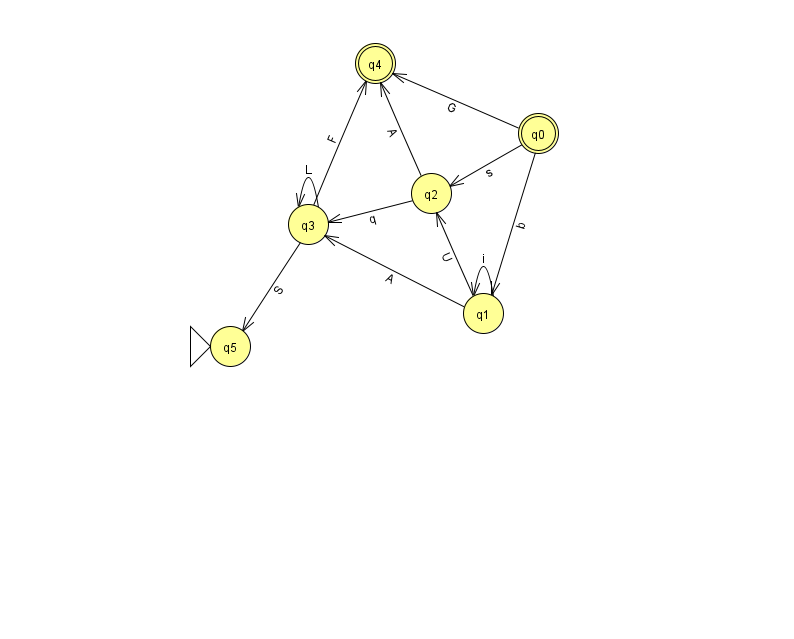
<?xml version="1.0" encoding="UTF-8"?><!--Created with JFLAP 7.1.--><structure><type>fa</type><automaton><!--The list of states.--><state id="0" name="q0"><x>538.0</x><y>120.0</y><final/></state><state id="1" name="q1"><x>483.0</x><y>300.0</y></state><state id="2" name="q2"><x>431.0</x><y>180.0</y></state><state id="3" name="q3"><x>308.0</x><y>211.0</y></state><state id="4" name="q4"><x>375.0</x><y>50.0</y><final/></state><state id="5" name="q5"><x>230.0</x><y>333.0</y><initial/></state><!--The list of transitions.--><transition><from>3</from><to>4</to><read>F</read></transition><transition><from>0</from><to>4</to><read>G</read></transition><transition><from>0</from><to>2</to><read>s</read></transition><transition><from>2</from><to>3</to><read>q</read></transition><transition><from>2</from><to>4</to><read>A</read></transition><transition><from>3</from><to>5</to><read>S</read></transition><transition><from>1</from><to>1</to><read>i</read></transition><transition><from>1</from><to>3</to><read>A</read></transition><transition><from>0</from><to>1</to><read>b</read></transition><transition><from>1</from><to>2</to><read>U</read></transition><transition><from>3</from><to>3</to><read>L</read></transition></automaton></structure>